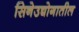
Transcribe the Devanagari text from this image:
सिनेउद्योगातील